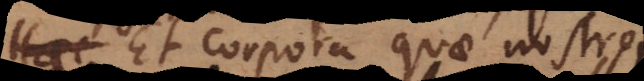
durum. Et corpora quae nostrorum